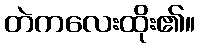
တဲကလေးထိုး၏။